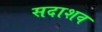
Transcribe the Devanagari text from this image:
सदाशव